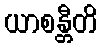
ယာစန္တီတိ